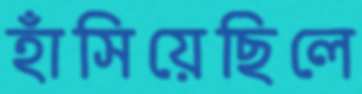
হাঁসিয়েছিলে